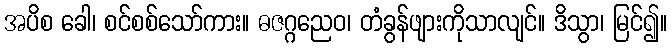
အပိစ ခေါ၊ စင်စစ်သော်ကား။ ဓဇဂ္ဂညေဝ၊ တံခွန်ဖျားကိုသာလျင်။ ဒိသွာ၊ မြင်၍။